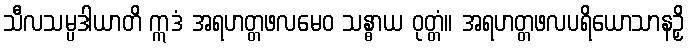
သီလသမ္ပဒါယာတိ ဣဒံ အရဟတ္တဖလမေဝ သန္ဓာယ ဝုတ္တံ။ အရဟတ္တဖလပရိယောသာနဉှိ